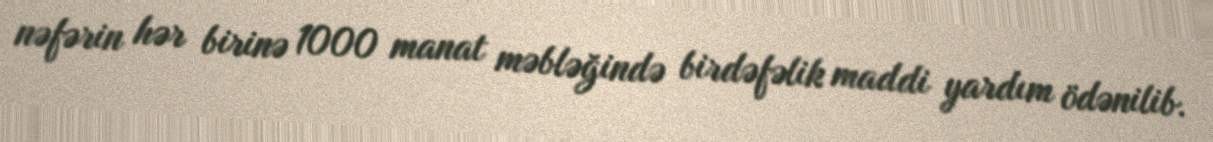
nəfərin hər birinə 1000 manat məbləğində birdəfəlik maddi yardım ödənilib.